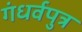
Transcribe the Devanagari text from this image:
गंधर्वपुत्र